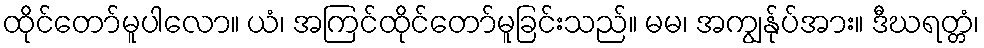
ထိုင်တော်မူပါလော။ ယံ၊ အကြင်ထိုင်တော်မူခြင်းသည်။ မမ၊ အကျွန်ုပ်အား။ ဒီဃရတ္တံ၊